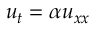
\displaystyle u _ { t } = \alpha u _ { x x }